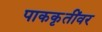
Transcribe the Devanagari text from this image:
पाककृतींवर